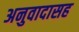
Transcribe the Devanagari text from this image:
अनुवादासह